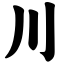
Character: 川